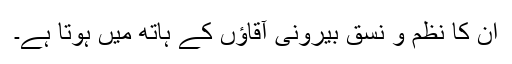
ان کا نظم و نسق بیرونی آقاؤں کے ہاتھ میں ہوتا ہے۔